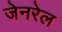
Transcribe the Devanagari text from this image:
जेनरेल